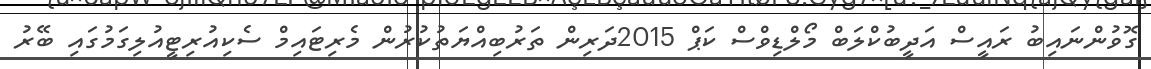
ގޮވުންނައިބު ރައީސް އަދީބުކްލަބް މޯލްޑިވްސް ކަޕް 2015ދަރިން ތަރުބިއްޔަތުކުރުން މެރިޓައިމް ސެކިއުރިޓީއުލިގަމުގައި ބޭރު